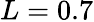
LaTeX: L=0.7